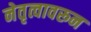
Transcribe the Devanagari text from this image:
नेतृत्वावरून